Indian journal of veterinary science and animal husbandry - Volumes 18-21, 1948-1951
Year: 1948
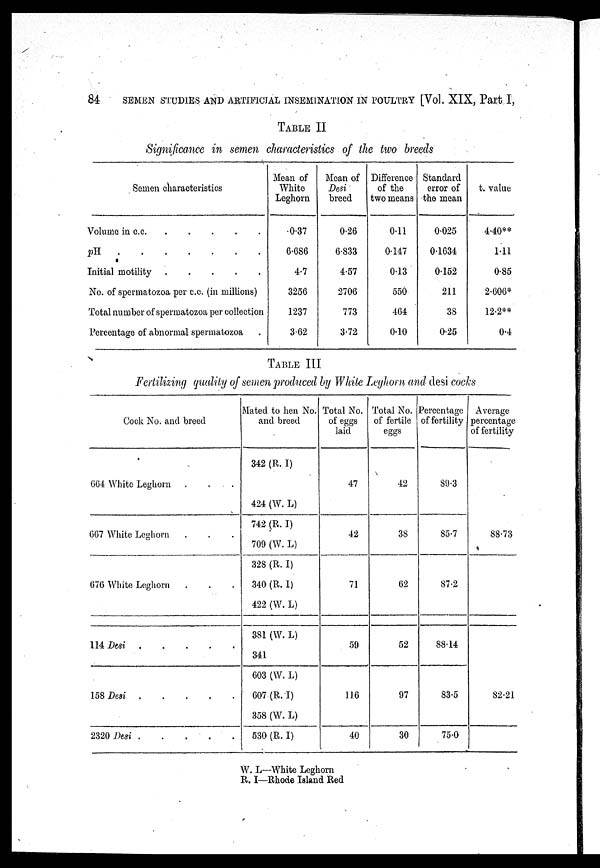
84
SEMEN STUDIES AND ARTIFICIAL INSEMINATION IN POULTRY [Vol. XIX, Part I,
TABLE II
Significance in semen characteristics of the two breeds
Semen characteristics
Volume in c.c . . . . .
pH
.
.
.
.
.
.
.
Initial motility . . . . .
No. of spermatozoa per c.c. (in millions)
Total number of spermatozoa per collection
Percentage of abnormal spermatozoa
Mean of
White
Leghorn
0.37
6.686
4.7
3256
1237
3.62
Mean of
Desi
breed
0.26
6.833
4.57
2706
773
3.72
Difference
of the
two means
0.11
0.147
0.13
550
464
0.10
Standard
error of
the mean
0.025
0.1634
0.152
211
38
0.25
t.value
4.40**
1.11
0.85
2.606*
12.2**
0.4
TABLE III
Fertilizing quality of semen produced by White Leghorn and desi cocks
Cock No. and breed
664 White Leghorn . . .
667 White Leghorn . . .
676 White Leghorn . . .
114 Desi . . . . .
158 Desi . . . . .
2320 Desi . . . . .
Mated to hen No.
and breed
342 (R. I)
424 (W. L)
742 (R. I)
709 (W. L)
328 (R. I)
340 (R. I)
422 (W. L)
381 (W. L)
341
603 (W. L)
607 (R. I)
358 (W. L)
530 (R. I)
Total No.
of eggs
laid
47
42
71
59
116
40
Total No.
of fertile
eggs
42
38
62
52
97
30
Percentage
of fertility
89.3
85.7
87.2
88.14
83.5
75.0
Average
percentage
of fertility
88.73
82.21
W. L—White Leghorn
R. I—Rhode Island Red